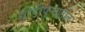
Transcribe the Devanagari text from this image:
धोंडीपुर्‍यातील